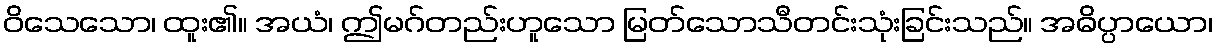
ဝိသေသော၊ ထူး၏။ အယံ၊ ဤမဂ်တည်းဟူသော မြတ်သောသီတင်းသုံးခြင်းသည်။ အဓိပ္ပာယော၊